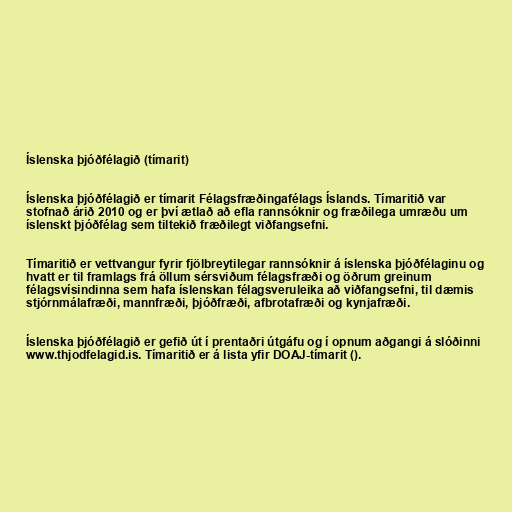
Íslenska þjóðfélagið (tímarit)

Íslenska þjóðfélagið er tímarit Félagsfræðingafélags Íslands. Tímaritið var
stofnað árið 2010 og er því ætlað að efla rannsóknir og fræðilega umræðu um
íslenskt þjóðfélag sem tiltekið fræðilegt viðfangsefni.

Tímaritið er vettvangur fyrir fjölbreytilegar rannsóknir á íslenska þjóðfélaginu og
hvatt er til framlags frá öllum sérsviðum félagsfræði og öðrum greinum
félagsvísindinna sem hafa íslenskan félagsveruleika að viðfangsefni, til dæmis
stjórnmálafræði, mannfræði, þjóðfræði, afbrotafræði og kynjafræði.

Íslenska þjóðfélagið er gefið út í prentaðri útgáfu og í opnum aðgangi á slóðinni
www.thjodfelagid.is. Tímaritið er á lista yfir DOAJ-tímarit ().